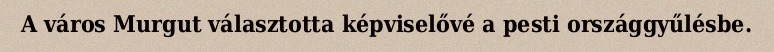
A város Murgut választotta képviselővé a pesti országgyűlésbe.